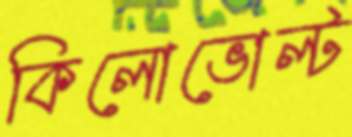
কিলোভোল্ট